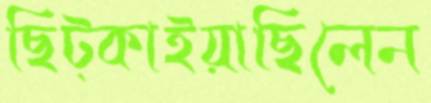
ছিট্‌কাইয়াছিলেন